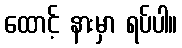
ထောင့် နားမှာ ရပ်ပါ။